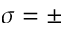
\sigma = \pm